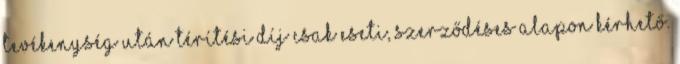
tevékenység után térítési díj csak eseti, szerződéses alapon kérhető.